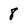
Character: 8